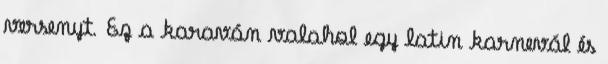
versenyt. Ez a karaván valahol egy latin karnevál és